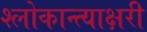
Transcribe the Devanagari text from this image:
श्लोकान्त्याक्षरी